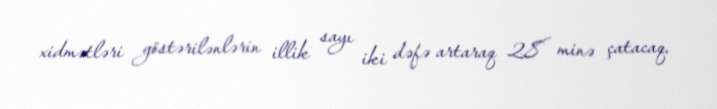
xidmətləri göstərilənlərin illik sayı iki dəfə artaraq 28 minə çatacaq.